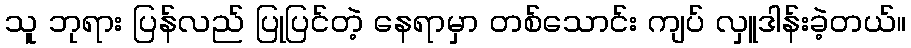
သူ ဘုရား ပြန်လည် ပြုပြင်တဲ့ နေရာမှာ တစ်သောင်း ကျပ် လှူဒါန်းခဲ့တယ်။